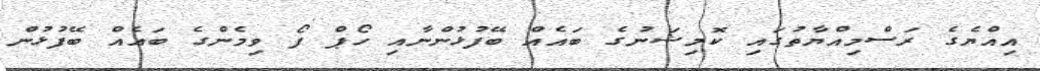
އިއްޔެގެ ރަސްމިއްޔާތުގައި ކޮމިޝަނުގެ ބައެއް ބޭފުޅުންނާއި ހޯޕް ފޯ ވިމެންގެ ބައެއް ބޭފުޅުން